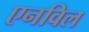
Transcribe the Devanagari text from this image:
एनविल